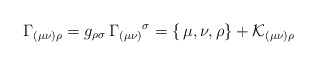
\begin{align*}\Gamma _{(\mu \nu )\rho }=g_{\rho \sigma }\, \Gamma _{(\mu \nu )}{}^{\sigma }=\{\, \mu ,\nu ,\rho \}+\mathcal{K}_{(\mu \nu )\rho }\end{align*}